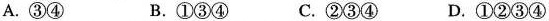
A. ③④ B. ①③④ C. ②③④ D. ①②③④